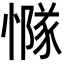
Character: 𢢊